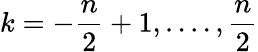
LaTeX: k=-\frac{n}{2}+1,....,\frac{n}{2}